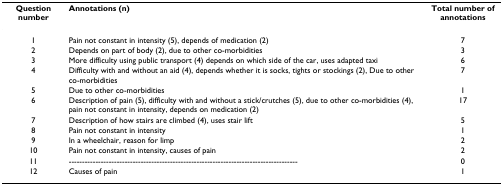
| Question number | Annotations (n) | Total number of annotations |
 | --- | --- | --- |
 | 1 | Pain not constant in intensity (5), depends of medication (2) | 7 |
 | 2 | Depends on part of body (2), due to other co-morbidities | 3 |
 | 3 | More difficulty using public transport (4) depends on which side of the car, uses adapted taxi | 6 |
 | 4 | Difficulty with and without an aid (4), depends whether it is socks, tights or stockings (2), Due to other co-morbidities | 7 |
 | 5 | Due to other co-morbidities | 1 |
 | 6 | Description of pain (5), difficulty with and without a stick/crutches (5), due to other co-morbidities (4), pain not constant in intensity, depends on medication (2) | 17 |
 | 7 | Description of how stairs are climbed (4), uses stair lift | 5 |
 | 8 | Pain not constant in intensity | 1 |
 | 9 | In a wheelchair, reason for limp | 2 |
 | 10 | Pain not constant in intensity, causes of pain | 2 |
 | 11 | -------------------------------------------------------------------------------------- | 0 |
 | 12 | Causes of pain | 1 |